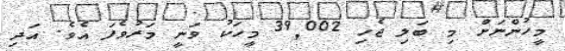
މީހުންނަށް މި ބަލި ޖެހި 39